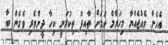
އެހެން ވެއްޖެއްޔާ މިހަރާމް ކަމަށް ތާއިދު ތިކުރަނީ ކިހާ ދީންވެރި ވެގެން ބާ